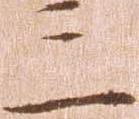
三